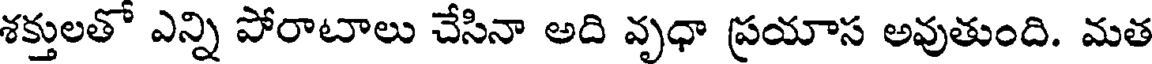
శక్తులతో ఎన్ని పోరాటాలు చేసినా అది వృధా ప్రయాస అవుతుంది. మత